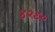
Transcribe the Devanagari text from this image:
४२९०